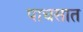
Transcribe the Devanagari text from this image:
पाचसात